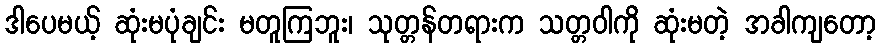
ဒါပေမယ့် ဆုံးမပုံချင်း မတူကြဘူး၊ သုတ္တန်တရားက သတ္တဝါကို ဆုံးမတဲ့ အခါကျတော့